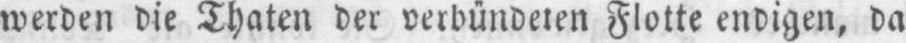
werden die Thaten der verbündeten Flotte endigen, da